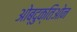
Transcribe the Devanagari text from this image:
ओब्दुक्तिओन